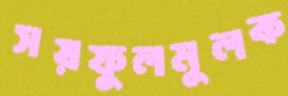
সয়ফুলমুলক